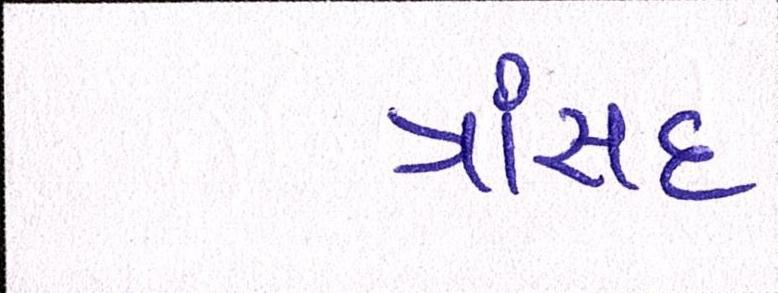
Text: ત્રાંસદ